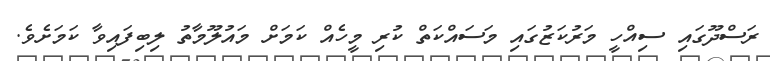
ރަސްދޫގައި ސިއްހީ މަރުކަޒުގައި މަސައްކަތް ކުރި މީހެއް ކަަމަށް މައުލޫމާތު ލިބިފައިވާ ކަމަށެވެ.